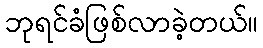
ဘုရင်ခံဖြစ်လာခဲ့တယ်။